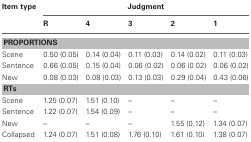
| Item type | <COLSPAN=5> Judgment |
 |  | R | 4 | 3 | 2 | 1 |
 | --- | --- | --- | --- | --- | --- |
 | <COLSPAN=6> PROPORTIONS |
 | Scene | 0.50 (0.05) | 0.14 (0.04) | 0.11 (0.03) | 0.14 (0.02) | 0.11 (0.03) |
 | Sentence | 0.66 (0.05) | 0.15 (0.04) | 0.06 (0.02) | 0.06 (0.02) | 0.06 (0.02) |
 | New | 0.08 (0.03) | 0.08 (0.03) | 0.13 (0.03) | 0.29 (0.04) | 0.43 (0.06) |
 | <COLSPAN=6> RTs |
 | Scene | 1.25 (0.07) | 1.51 (0.10) | – | – | – |
 | Sentence | 1.22 (0.07) | 1.54 (0.09) | – | – | – |
 | New | – | – | – | 1.55 (0.12) | 1.34 (0.07) |
 | Collapsed | 1.24 (0.07) | 1.51 (0.08) | 1.76 (0.10) | 1.61 (0.10) | 1.38 (0.07) |